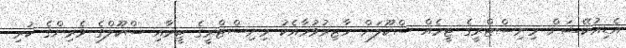
އެޑިއުކޭޝަން މިނިސްޓްރީގެ ޓީމެއް ސްކޫލަށް ހާޒިރުވުމާއެކު މިނިސްޓްރީގެ ޓީމާއި ސްކޫލްގެ ވެރިންގެ ކުރި